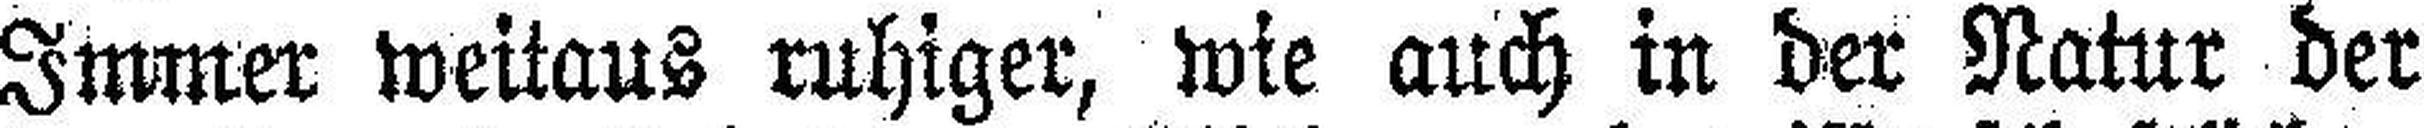
Immer weitaus ruhiger, wie auch in der Natur der